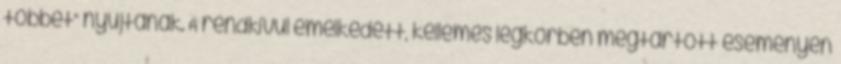
többet” nyújtanak. A rendkívül emelkedett, kellemes légkörben megtartott eseményen